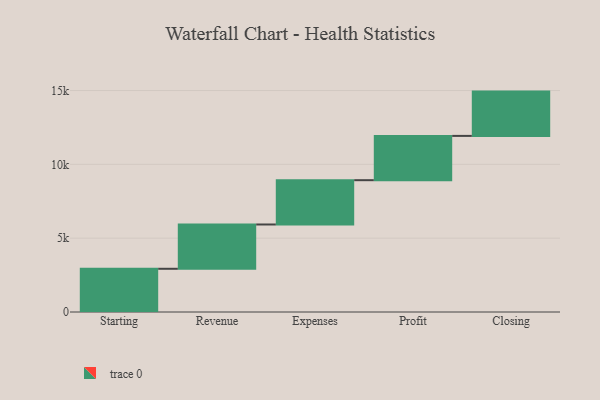
{"axis": {"x": "Step", "y": "Value"}, "legend": [""], "data": [{"x": "Starting", "y": 2927.0, "type": ""}, {"x": "Revenue", "y": 3000, "type": ""}, {"x": "Expenses", "y": 3000, "type": ""}, {"x": "Profit", "y": 3000, "type": ""}, {"x": "Closing", "y": 3000, "type": ""}]}